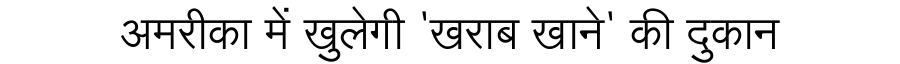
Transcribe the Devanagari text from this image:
अमरीका में खुलेगी 'खराब खाने' की दुकान